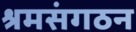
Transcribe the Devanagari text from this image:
श्रमसंगठन